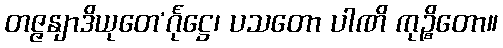
တဇ္ဇနျာဒိယုတေ’င်္ဂုဋ္ဌေ၊ ပသတော ပါဏိ ကုဉ္စိတော။